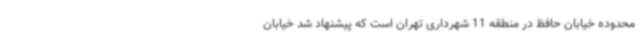
محدوده خیابان حافظ در منطقه 11 شهرداری تهران است که پیشنهاد شد خیابان